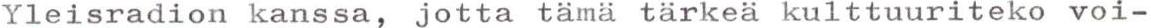
Yleisradion kanssa, jotta tämä tärkeä kulttuuriteko voi-